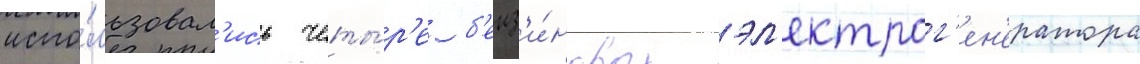
испо́льзовал'ись четы́р'е б'енз'и́новых эл'ектрог'ен'ератора